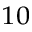
^ { 1 0 }